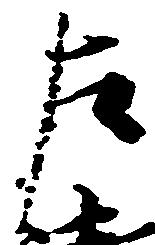
左